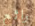
رائع